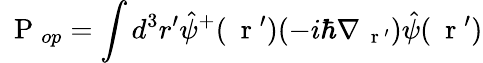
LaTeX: \mathrm{~\mathbf~P~}_{op}=\int d^{3}r^{\prime}\hat{\psi}^{+}(\mathrm{~\mathbf~r~}^{\prime})(-i\hbar\nabla_{\mathrm{~\mathbf~r~}^{\prime}})\hat{\psi}(\mathrm{~\mathbf~r~}^{\prime})